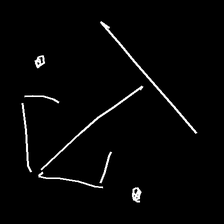
Glyph: earth